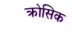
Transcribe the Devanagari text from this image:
क्रोसिक